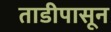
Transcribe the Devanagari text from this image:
ताडीपासून